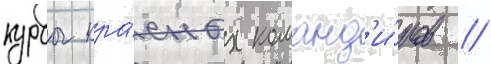
курсы кра́сных команд'и́ров /